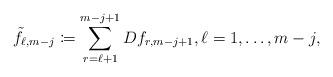
LaTeX: \begin{align*}\tilde{f}_{\ell,m-j}\coloneqq \sum_{r=\ell+1}^{m-j+1} Df_{r,m-j+1}, \ell=1,\dots,m-j,\end{align*}